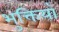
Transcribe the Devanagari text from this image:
भुक्तियाँ